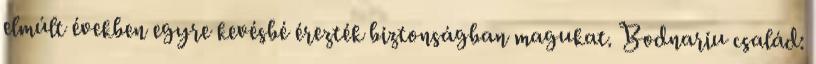
elmúlt években egyre kevésbé érezték biztonságban magukat. Bodnariu család: